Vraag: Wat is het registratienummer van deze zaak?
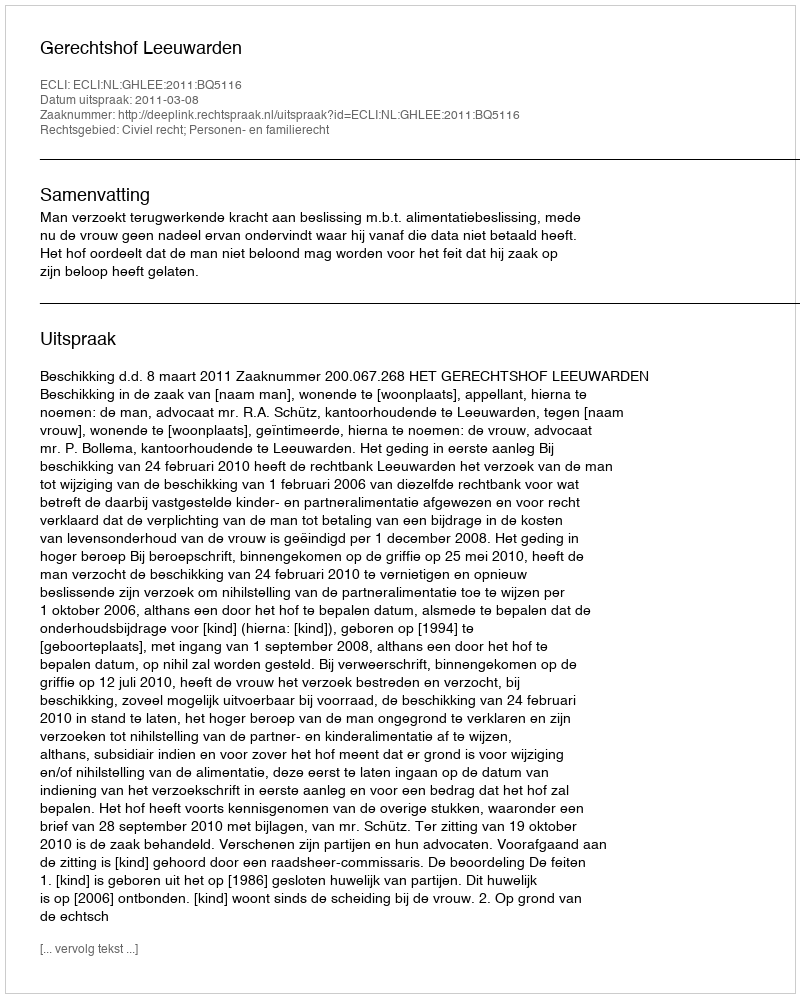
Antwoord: http://deeplink.rechtspraak.nl/uitspraak?id=ECLI:NL:GHLEE:2011:BQ5116